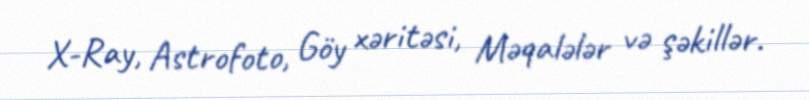
X-Ray, Astrofoto, Göy xəritəsi, Məqalələr və şəkillər.